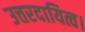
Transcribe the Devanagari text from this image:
उत्तरदायित्व।